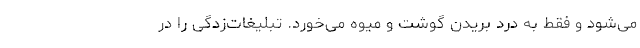
می‌شود و فقط به درد بریدن گوشت و میوه می‌خورد. تبلیغات‌زدگی را در